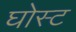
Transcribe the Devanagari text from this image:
घोस्‍ट